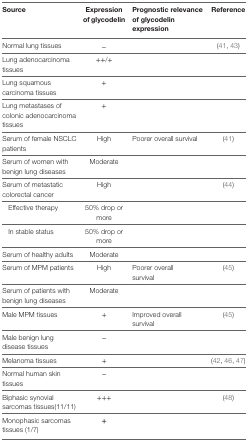
<table><thead><tr><td><b>Source</b></td><td><b>Expression of glycodelin</b></td><td><b>Prognostic relevance of glycodelin expression</b></td><td><b>Reference</b></td></tr></thead><tbody><tr><td>Normal lung tissues</td><td>−</td><td></td><td>(41, 43)</td></tr><tr><td>Lung adenocarcinoma tissues</td><td>++/+</td><td></td><td></td></tr><tr><td>Lung squamous carcinoma tissues</td><td>+</td><td></td><td></td></tr><tr><td>Lung metastases of colonic adenocarcinoma tissues</td><td>+</td><td></td><td></td></tr><tr><td>Serum of female NSCLC patients</td><td>High</td><td>Poorer overall survival</td><td>(41)</td></tr><tr><td>Serum of women with benign lung diseases</td><td>Moderate</td><td></td><td></td></tr><tr><td>Serum of metastatic colorectal cancer</td><td>High</td><td></td><td>(44)</td></tr><tr><td> Effective therapy</td><td>50% drop or more</td><td></td><td></td></tr><tr><td> In stable status</td><td>50% drop or more</td><td></td><td></td></tr><tr><td>Serum of healthy adults</td><td>Moderate</td><td></td><td></td></tr><tr><td>Serum of MPM patients</td><td>High</td><td>Poorer overall survival</td><td>(45)</td></tr><tr><td>Serum of patients with benign lung diseases</td><td>Moderate</td><td></td><td></td></tr><tr><td>Male MPM tissues</td><td>+</td><td>Improved overall survival</td><td>(45)</td></tr><tr><td>Male benign lung disease tissues</td><td>−</td><td></td><td></td></tr><tr><td>Melanoma tissues</td><td>+</td><td></td><td>(42, 46, 47)</td></tr><tr><td>Normal human skin tissues</td><td>−</td><td></td><td></td></tr><tr><td>Biphasic synovial sarcomas tissues(11/11)</td><td>+++</td><td></td><td>(48)</td></tr><tr><td>Monophasic sarcomas tissues (1/7)</td><td><b>+</b></td><td></td><td></td></tr></tbody></table>